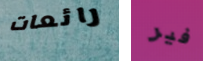
رائعات فير